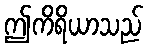
ဤကိရိယာသည်